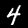
Digit: 4